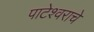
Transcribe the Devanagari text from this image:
पाटेश्वराचे